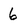
Character: 6